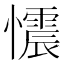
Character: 𢤟